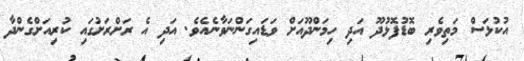
އުކުޅަސް މަތިވެރި ބޮޑުފޮޅުދޫ އަދި ހިމަންދޫއަށް ވަޑައިގަންނަވާނެއެވެ. އަދި އެ ރަށްރަށުގައި ކުރިއަށްގެންދާ